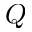
Q